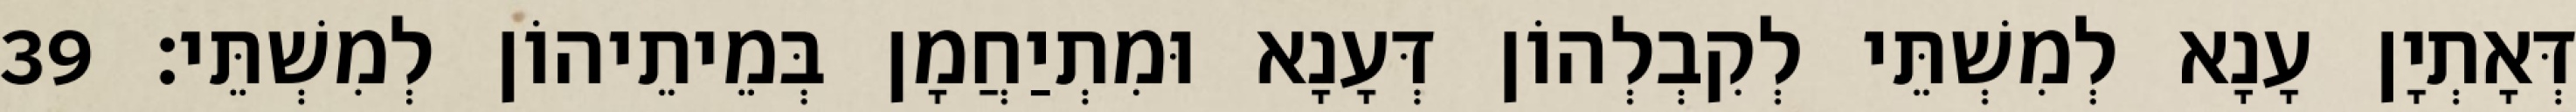
דְּאָתְיָן עָנָא לְמִשְׁתֵּי לְקִבְלְהוֹן דְּעָנָא וּמִתְיַחֲמָן בְּמֵיתֵיהוֹן לְמִשְׁתֵּי׃ 39